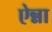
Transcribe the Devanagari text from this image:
ऐन्ना